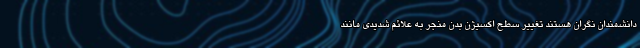
دانشمندان نگران هستند تغییر سطح اکسیژن بدن منجر به علائم شدیدی مانند